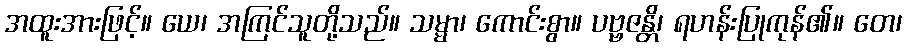
အထူးအားဖြင့်။ ယေ၊ အကြင်သူတို့သည်။ သမ္မာ၊ ကောင်းစွာ။ ပဗ္ဗဇန္တိ၊ ရဟန်းပြုကုန်၏။ တေ၊